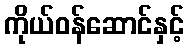
ကိုယ်ဝန်ဆောင်နှင့်